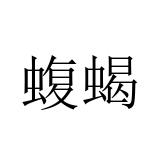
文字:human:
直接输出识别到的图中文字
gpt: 蝮蝎